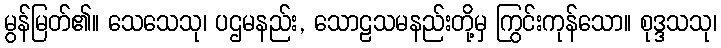
မွန်မြတ်၏။ သေသေသု၊ ပဌမနည်း, သောဠသမနည်းတို့မှ ကြွင်းကုန်သော။ စုဒ္ဒသသု၊